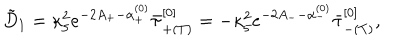
\tilde { D } _ { 1 } = \kappa _ { 5 } ^ { 2 } e ^ { - 2 A _ { + } - \alpha _ { + } ^ { ( 0 ) } } \bar { \tau } _ { + ( T ) } ^ { [ 0 ] } = - \kappa _ { 5 } ^ { 2 } e ^ { - 2 A _ { -- } \alpha _ { - } ^ { ( 0 ) } } \bar { \tau } _ { - ( T ) } ^ { [ 0 ] } ,